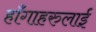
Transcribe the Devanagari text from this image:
हाँगाहरुलाई